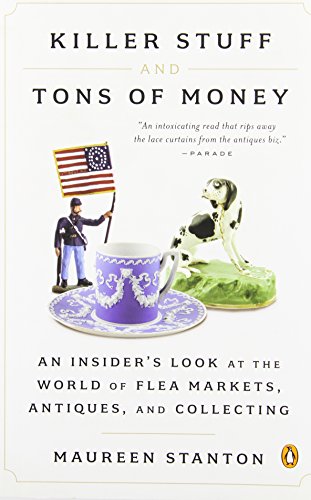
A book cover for Killer Stuff and Tons of Money: An Insider's Look at the World of Flea Markets, Antiques, and Collecting; Maureen Stanton; Humor & Entertainment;